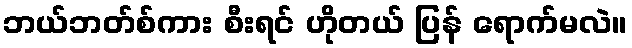
ဘယ်ဘတ်စ်ကား စီးရင် ဟိုတယ် ပြန် ရောက်မလဲ။